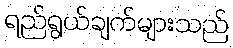
ရည်ရွယ်ချက်များသည်